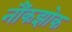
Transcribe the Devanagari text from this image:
नौंकझोक